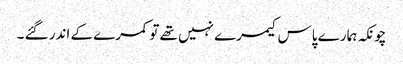
چونکہ ہمارے پاس کیمرے نہیں تھے تو کمرے کے اندر گئے ۔